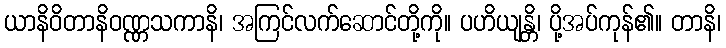
ယာနိဝိတာနိဝဏ္ဏသကာနိ၊ အကြင်လက်ဆောင်တို့ကို။ ပဟိယျန္တိ၊ ပို့အပ်ကုန်၏။ တာနိ၊